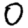
Digit: 0